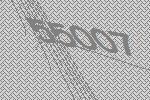
55007